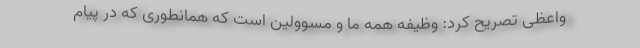
واعظی تصریح کرد: وظیفه همه ما و مسوولین است که همانطوری که در پیام